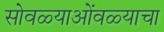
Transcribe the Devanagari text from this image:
सोवळ्याओंवळ्याचा